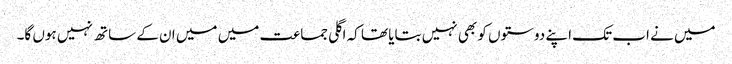
میں نے اب تک اپنے دوستوں کو بھی نہیں بتایا تھا کہ اگلی جماعت میں میں ان کے ساتھ نہیں ہوں گا۔